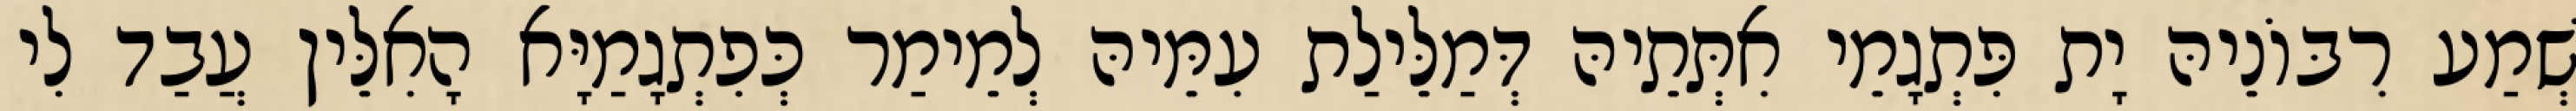
שְׁמַע רִבּוֹנֵיהּ יָת פִּתְגָמֵי אִתְּתֵיהּ דְּמַלֵּילַת עִמֵּיהּ לְמֵימַר כְּפִתְגָמַיָּא הָאִלֵּין עֲבַד לִי